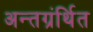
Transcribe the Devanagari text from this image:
अन्‍तग्रंर्थित